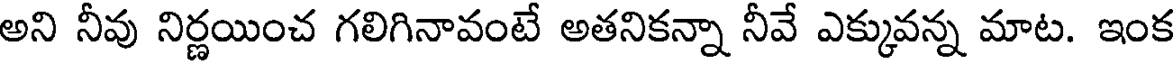
అని నీవు నిర్ణయించ గలిగినావంటే అతనికన్నా నీవే ఎక్కువన్న మాట. ఇంక